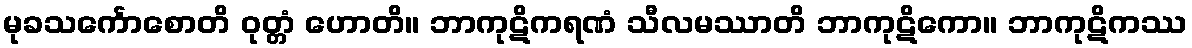
မုခသင်္ကောစောတိ ဝုတ္တံ ဟောတိ။ ဘာကုဋိကရဏံ သီလမဿာတိ ဘာကုဋိကော။ ဘာကုဋိကဿ